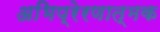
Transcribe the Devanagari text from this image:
अभिप्रेरणात्मक